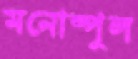
মনোষ্পুল